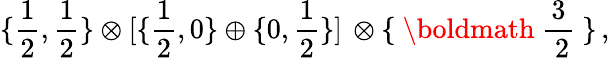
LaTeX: \lbrace{\frac{1}{2}},{\frac{1}{2}}\rbrace\otimes\lbrack\lbrace{\frac{1}{2}},0\rbrace\oplus\lbrace 0,{\frac{1}{2}}\rbrace\rbrack\, \otimes\lbrace\mathrm{~\boldmath~{\frac{3}{~2}}~}\rbrace\, ,